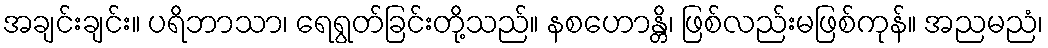
အချင်းချင်း။ ပရိဘာသာ၊ ရေရွတ်ခြင်းတို့သည်။ နစဟောန္တိ၊ ဖြစ်လည်းမဖြစ်ကုန်။ အညမညံ၊